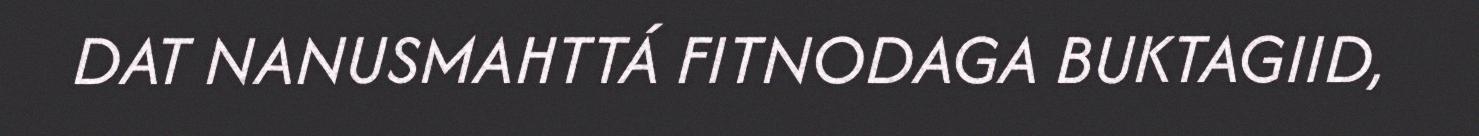
DAT NANUSMAHTTÁ FITNODAGA BUKTAGIID,